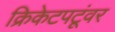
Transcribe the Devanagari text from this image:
क्रिकेटपटूंवर